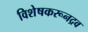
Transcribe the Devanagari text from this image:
विशेषकरूनद्रव